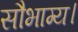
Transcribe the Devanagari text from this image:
सौभाग्य।